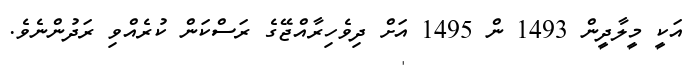
އަކީ މީލާދީން 1493 ން 1495 އަށް ދިވެހިރާއްޖޭގެ ރަސްކަން ކުރެއްވި ރަދުންނެވެ.